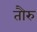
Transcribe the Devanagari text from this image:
तौरु